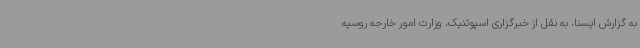
به گزارش ایسنا، به نقل از خبرگزاری اسپوتنیک، وزارت امور خارجه روسیه